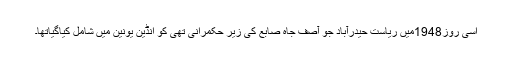
اسی روز1948میں ریاست حیدرآباد جو آصف جاہ صابع کی زیر حکمرانی تھی کو انڈین یونین میں شامل کیاگیاتھا۔